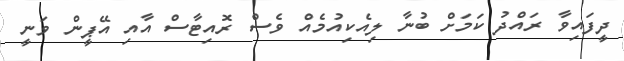
ދީފައިވާ ރައްދު ކަމަށް ބުނާ ލިއެކިއުމެއް ވެސް ރޮއިޓާސް އާއި އޭޕީން ވަނީ